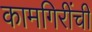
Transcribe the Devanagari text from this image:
कामगिरींची